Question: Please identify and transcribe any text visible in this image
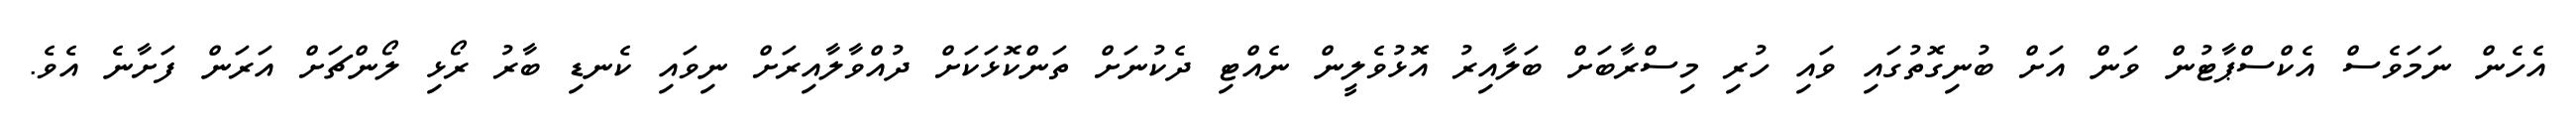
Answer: އެހެން ނަމަވެސް އެކްސްޕާޓުން ވަން އަށް ބުނިގޮތުގައި ވައި ހުރި މިސްރާބަށް ބަލާއިރު އޮޅުވެލީން ނެއްޓި ދެކުނަށް ތަންކޮޅަކަށް ދުއްވާލާއިރަށް ނިވައި ކެނޑި ބާރު ރޯޅި ލޯންޗަށް އަރަން ފަށާނެ އެވެ.